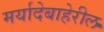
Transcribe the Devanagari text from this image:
मर्यादेबाहेरील